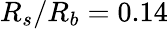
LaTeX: R_{s}/R_{b}=0.14